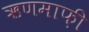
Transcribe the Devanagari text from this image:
ऋणमाफ़ी